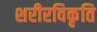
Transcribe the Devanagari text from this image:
शरीरविकृति